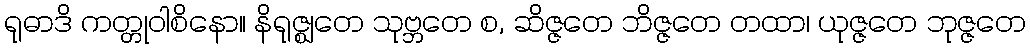
ရုဓာဒိ ကတ္တုဝါစိနော။ နိရုဇ္ဈတေ သုဗ္ဘတေ စ, ဆိဇ္ဇတေ ဘိဇ္ဇတေ တထာ၊ ယုဇ္ဇတေ ဘုဇ္ဇတေ